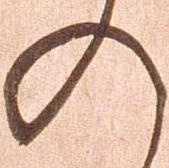
の